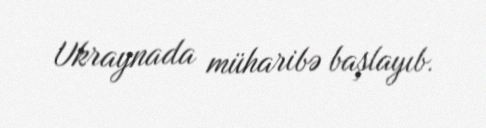
Ukraynada müharibə başlayıb.